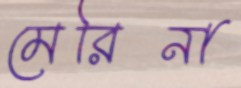
মেরিনা